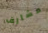
مشارف